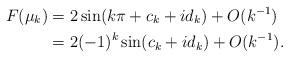
LaTeX: \begin{align*}F(\mu_k)&=2\sin(k\pi+c_k+id_k)+O(k^{-1})\\&=2(-1)^k\sin(c_k+id_k)+O(k^{-1}). \end{align*}